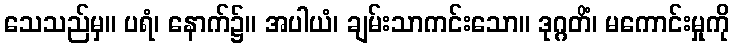
သေသည်မှ။ ပရံ၊ နောက်၌။ အပါယံ၊ ချမ်းသာကင်းသော။ ဒုဂ္ဂတိံ၊ မကောင်းမှုကို